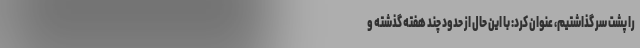
را پشت سر گذاشتیم، عنوان کرد: با این حال از حدود چند هفته گذشته و